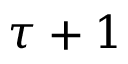
\tau + 1